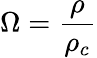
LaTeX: \Omega={\frac{\rho}{\rho_{c}}}